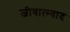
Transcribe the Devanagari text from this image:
जीवात्म्वाद